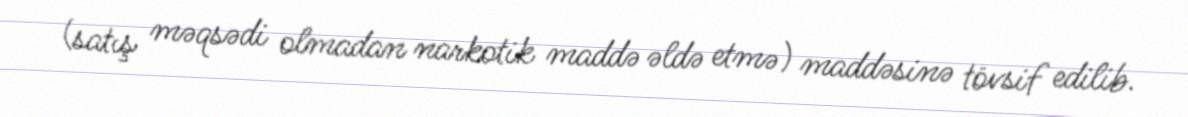
(satış məqsədi olmadan narkotik maddə əldə etmə) maddəsinə tövsif edilib.